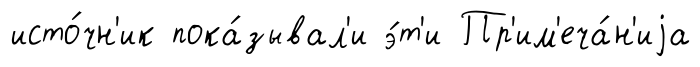
исто́чн'ик пока́зывал'и э́т'и Пр'им'еча́н'иjа